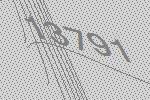
13791